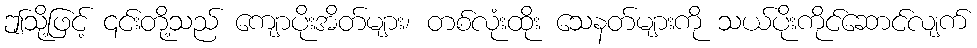
ဤသို့ဖြင့် ၎င်းတို့သည် ကျောပိုးအိတ်များ၊ တစ်လုံးထိုး သေနတ်များကို သယ်ပိုးကိုင်ဆောင်လျက်